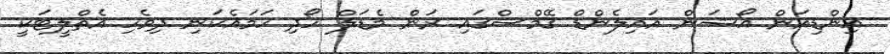
އިންޑިއަން އޯޝަން އައިލެންޑް ގޭމްސްގައި ރަން މެޑަލް ހޯދި ހަމައެކަނި ދިވެހި އެތްލީޓަކީ